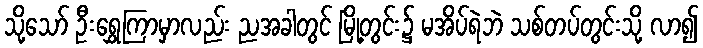
သို့သော် ဦးရွှေကြာမှာလည်း ညအခါတွင် မြို့တွင်း၌ မအိပ်ရဲဘဲ သစ်တပ်တွင်းသို့ လာ၍